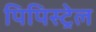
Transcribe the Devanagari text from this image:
पिपिस्ट्रेल